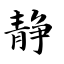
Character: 静